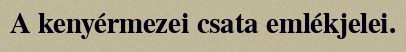
A kenyérmezei csata emlékjelei.